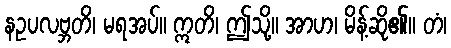
နဥပလဗ္ဘတိ၊ မရအပ်။ ဣတိ၊ ဤသို့။ အာဟ၊ မိန့်ဆို၏။ တံ၊